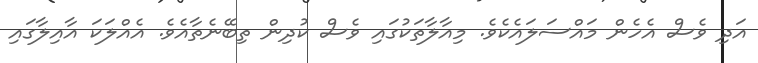
އަދި ވެސް އެހެން މައްސަލައެކެވެ. މިއާލާތަކުގައި ވެސް ކުދިން ތިބޭނެތާއެވެ. އެއްލަކަ އާއިލާގައި